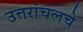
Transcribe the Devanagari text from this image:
उत्तरांचलचे